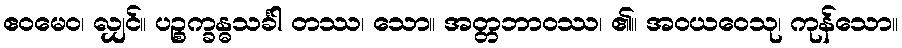
ဧဝမေဝ၊ လျှင်။ ပဉ္စက္ခန္ဓသင်္ခါ တဿ၊ သော။ အတ္တဘာဝဿ၊ ၏။ အဝယဝေသု၊ ကုန်သော။